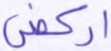
اركض